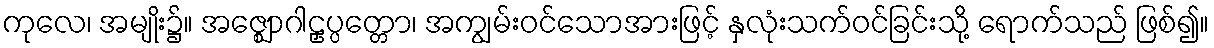
ကုလေ၊ အမျိုး၌။ အဇ္ဈောဂါဠှပ္ပတ္တော၊ အကျွမ်းဝင်သောအားဖြင့် နှလုံးသက်ဝင်ခြင်းသို့ ရောက်သည် ဖြစ်၍။